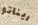
ريناتو